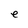
Character: e